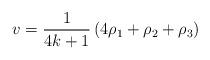
LaTeX: \begin{align*} v=\frac{1}{4k+1}\left( 4\rho_1 +\rho_2+\rho_3\right)\end{align*}